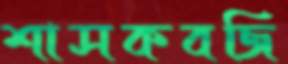
শাসকবজি